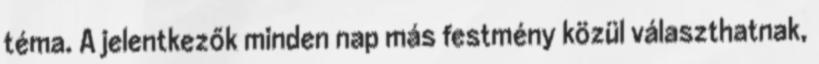
téma. A jelentkezők minden nap más festmény közül választhatnak,